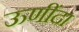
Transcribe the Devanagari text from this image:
ऊणींदा